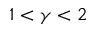
1 < \gamma < 2